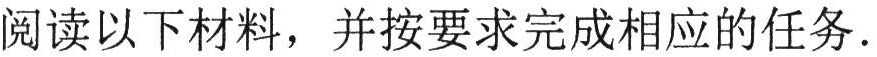
阅读以下材料，并按要求完成相应的任务.